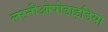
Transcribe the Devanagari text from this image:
लरनीओपोडाइडिया